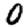
Digit: 0